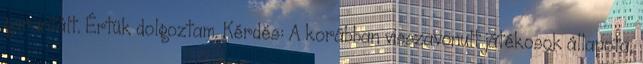
garantált. Értük dolgoztam. Kérdés: A korábban visszavonult játékosok állapota,